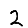
Digit: 2